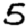
Digit: 5